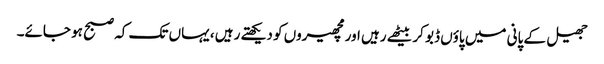
جھیل کے پانی میں پاؤں ڈبو کر بیٹھے رہیں اور مچھیروں کو دیکھتے رہیں ، یہاں تک کہ صبح ہو جائے۔